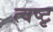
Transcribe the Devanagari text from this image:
त्वष्टृ